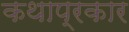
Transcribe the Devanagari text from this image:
कथाप्रकार